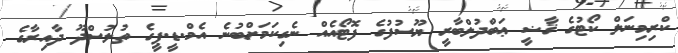
ކްރިމިނަލް ކޯޓުގެ ޤާޟީ ޢަބްދުލްބާރީ ޔޫސުފުގެ ފޮޓޯއެއް ނެގިކަމަށްބުނެ އެމް.ޑީ.ޕީގެ ތުލުސްދޫ ދާއިރާގެ